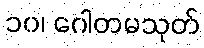
၁၀၊ ဂေါတမသုတ်